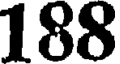
188